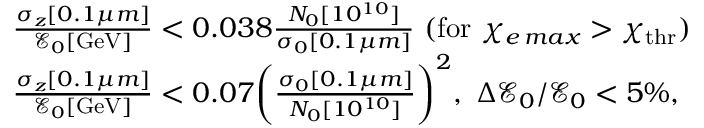
\begin{array} { r l } & { \frac { \sigma _ { z } [ 0 . 1 \mu m ] } { \mathcal { E } _ { 0 } [ \mathrm { G e V } ] } < 0 . 0 3 8 \frac { N _ { 0 } [ 1 0 ^ { 1 0 } ] } { \sigma _ { 0 } [ 0 . 1 \mu m ] } \ ( \mathrm { f o r } \ \chi _ { e \, m a x } > \chi _ { \mathrm { t h r } } ) } \\ & { \frac { \sigma _ { z } [ 0 . 1 \mu m ] } { \mathcal { E } _ { 0 } [ \mathrm { G e V } ] } < 0 . 0 7 \bigg ( \frac { \sigma _ { 0 } [ 0 . 1 \mu m ] } { N _ { 0 } [ 1 0 ^ { 1 0 } ] } \bigg ) ^ { 2 } , \ \Delta \mathcal { E } _ { 0 } / \mathcal { E } _ { 0 } < 5 \% , } \end{array}